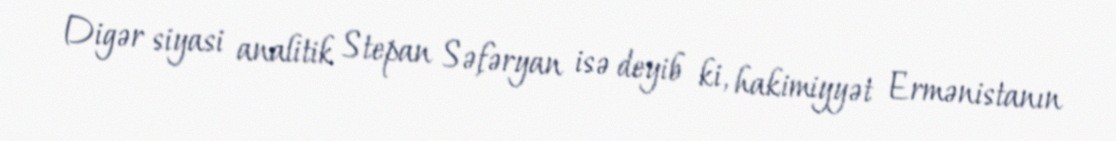
Digər siyasi analitik Stepan Səfəryan isə deyib ki, hakimiyyət Ermənistanın